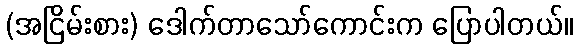
(အငြိမ်းစား) ဒေါက်တာသော်ကောင်းက ပြောပါတယ်။